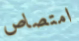
امتصاص